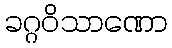
ခဂ္ဂဝိသာဏော